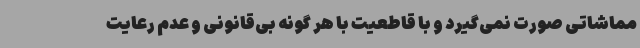
مماشاتی صورت نمی‌گیرد و با قاطعیت با هر گونه بی‌قانونی و عدم رعایت